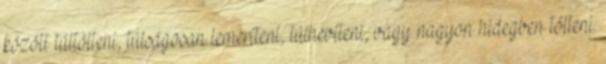
között túltölteni, túlságosan lemeríteni, túlhevíteni, vagy nagyon hidegben tölteni.